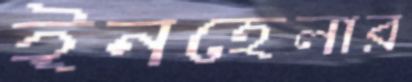
ইনহেলার